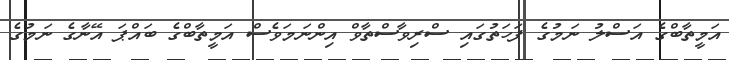
އަމީތާބްގެ އަސްލު ނަމުގެ ފަހަތުގައި ސްރިވާސްތާވް އިންނަމަވެސް އަމީތާބްގެ ބައްޕަ އޭނާގެ ނަމުގެ